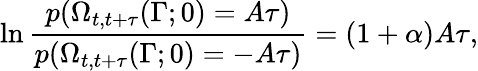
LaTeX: \ln\frac{p(\Omega_{t,t+\tau}(\Gamma;0)=A\tau)}{p(\Omega_{t,t+\tau}(\Gamma;0)=-A\tau)}=(1+\alpha)A\tau,